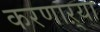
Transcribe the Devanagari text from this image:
करणाऱ्‍या